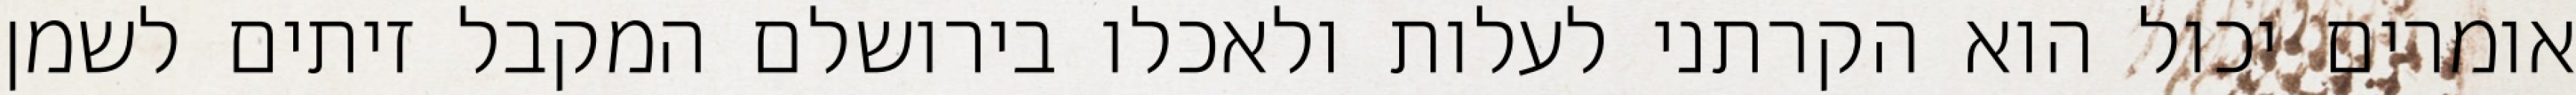
אומרים יכול הוא הקרתני לעלות ולאכלו בירושלם המקבל זיתים לשמן